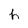
Character: h